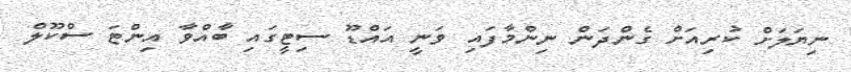
ނިޔަލަށް ކުރިއަށް ގެންދަން ނިންމާފައި ވަނީ އައްޑޫ ސިޓީގައި ބާއްވާ އިންޓަ ސްކޫލް